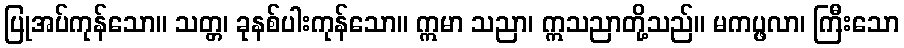
ပြုအပ်ကုန်သော။ သတ္တ၊ ခုနစ်ပါးကုန်သော။ ဣမာ သညာ၊ ဣသညာတို့သည်။ မကပ္ဖလာ၊ ကြီးသော